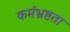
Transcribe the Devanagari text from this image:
कर्मभ्रष्टता